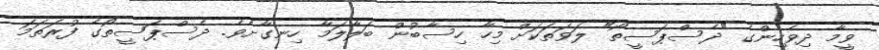
ވީމާ ދިވެހިންގެ "ދެސްޕަސީތޯ" ލަވަތަކަށް މިހާ ހިސާބުން ބަލާލަމާ ހިނގާށެވެ. ދެސްޕަސީތޯގެ ފުރަތަމަ